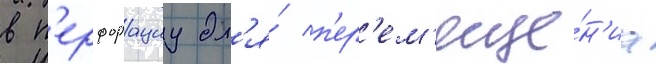
в п'ерфорациу дл'я́ п'ер'ем'еще́н'иа